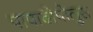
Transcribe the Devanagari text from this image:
पापादोपोलुस